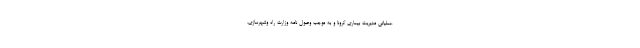
عملیاتی مدیریت بیماری کرونا و به موجب وصول نامه وزارت راه وشهرسازی،